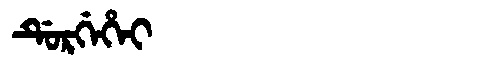
Manchu: ᡩᡠᡵᡤᡝᡥᡝᡳ
Romanization: DURGEHEI